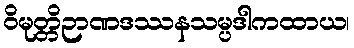
ဝိမုတ္တိဉာဏဒဿနသမ္ပဒါကထာယ၊